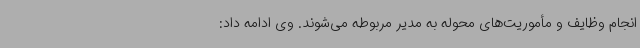
انجام وظایف و مأموریت‌های محوله به مدیر مربوطه می‌شوند. وی ادامه داد: